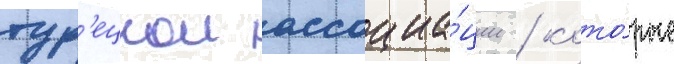
тур'ецкои ассоциа́ции / кото́рые